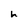
Character: h